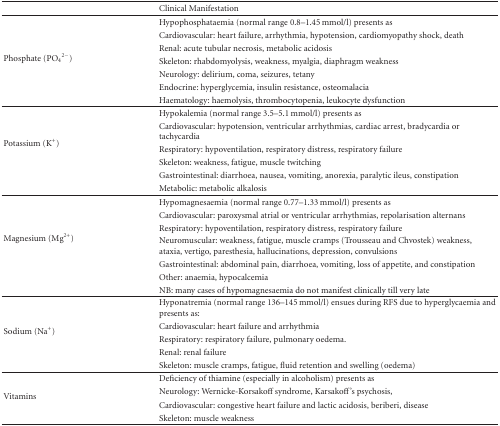
<table><thead><tr><td></td><td><b>Clinical Manifestation</b></td></tr></thead><tbody><tr><td rowspan="7">Phosphate (PO<sub>4</sub><sup>2−</sup>)</td><td>Hypophosphataemia (normal range 0.8–1.45 mmol/l) presents as</td></tr><tr><td>Cardiovascular: heart failure, arrhythmia, hypotension, cardiomyopathy shock, death</td></tr><tr><td>Renal: acute tubular necrosis, metabolic acidosis</td></tr><tr><td>Skeleton: rhabdomyolysis, weakness, myalgia, diaphragm weakness</td></tr><tr><td>Neurology: delirium, coma, seizures, tetany</td></tr><tr><td>Endocrine: hyperglycemia, insulin resistance, osteomalacia</td></tr><tr><td>Haematology: haemolysis, thrombocytopenia, leukocyte dysfunction</td></tr><tr><td rowspan="6">Potassium (K<sup>+</sup>)</td><td>Hypokalemia (normal range 3.5–5.1 mmol/l) presents as</td></tr><tr><td>Cardiovascular: hypotension, ventricular arrhythmias, cardiac arrest, bradycardia or tachycardia</td></tr><tr><td>Respiratory: hypoventilation, respiratory distress, respiratory failure</td></tr><tr><td>Skeleton: weakness, fatigue, muscle twitching</td></tr><tr><td>Gastrointestinal: diarrhoea, nausea, vomiting, anorexia, paralytic ileus, constipation</td></tr><tr><td>Metabolic: metabolic alkalosis</td></tr><tr><td rowspan="7">Magnesium (Mg<sup>2+</sup>)</td><td>Hypomagnesaemia (normal range 0.77–1.33 mmol/l) presents as</td></tr><tr><td>Cardiovascular: paroxysmal atrial or ventricular arrhythmias, repolarisation alternans</td></tr><tr><td>Respiratory: hypoventilation, respiratory distress, respiratory failure</td></tr><tr><td>Neuromuscular: weakness, fatigue, muscle cramps (Trousseau and Chvostek) weakness, ataxia, vertigo, paresthesia, hallucinations, depression, convulsions</td></tr><tr><td>Gastrointestinal: abdominal pain, diarrhoea, vomiting, loss of appetite, and constipation</td></tr><tr><td>Other: anaemia, hypocalcemia</td></tr><tr><td>NB: many cases of hypomagnesaemia do not manifest clinically till very late</td></tr><tr><td rowspan="5">Sodium (Na<sup>+</sup>)</td><td>Hyponatremia (normal range 136–145 mmol/l) ensues during RFS due to hyperglycaemia and presents as:</td></tr><tr><td>Cardiovascular: heart failure and arrhythmia</td></tr><tr><td>Respiratory: respiratory failure, pulmonary oedema.</td></tr><tr><td>Renal: renal failure</td></tr><tr><td>Skeleton: muscle cramps, fatigue, fluid retention and swelling (oedema) </td></tr><tr><td rowspan="4">Vitamins</td><td>Deficiency of thiamine (especially in alcoholism) presents as</td></tr><tr><td>Neurology: Wernicke-Korsakoff syndrome, Karsakoff&#x27;s psychosis,</td></tr><tr><td>Cardiovascular: congestive heart failure and lactic acidosis, beriberi, disease</td></tr><tr><td>Skeleton: muscle weakness</td></tr></tbody></table>